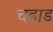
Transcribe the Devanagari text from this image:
चहाड